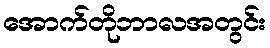
အောက်တိုဘာလအတွင်း